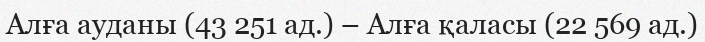
Алға ауданы (43 251 ад.) – Алға қаласы (22 569 ад.)